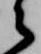
之